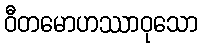
ဝီတမောဟဿာဝုသော